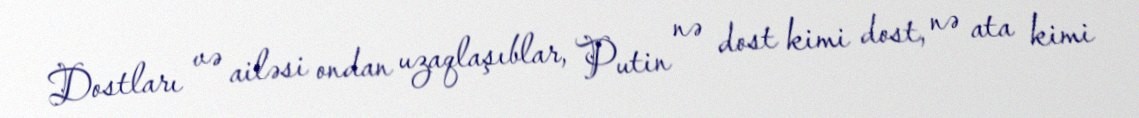
Dostları və ailəsi ondan uzaqlaşıblar, Putin nə dost kimi dost, nə ata kimi